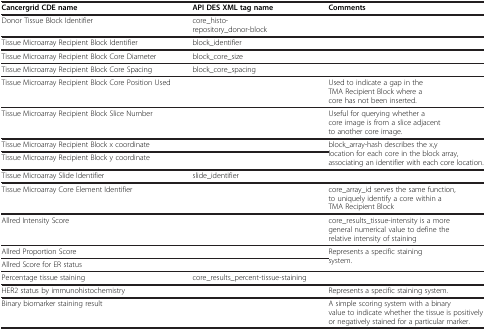
<table><thead><tr><td><b>Cancergrid CDE name</b></td><td><b>API DES XML tag name</b></td><td><b>Comments</b></td></tr></thead><tbody><tr><td>Donor Tissue Block Identifier</td><td>core_histo-repository_donor-block</td><td> </td></tr><tr><td>Tissue Microarray Recipient Block Identifier</td><td>block_identifier</td><td> </td></tr><tr><td>Tissue Microarray Recipient Block Core Diameter</td><td>block_core_size</td><td> </td></tr><tr><td>Tissue Microarray Recipient Block Core Spacing</td><td>block_core_spacing</td><td> </td></tr><tr><td>Tissue Microarray Recipient Block Core Position Used</td><td> </td><td>Used to indicate a gap in the TMA Recipient Block where a core has not been inserted.</td></tr><tr><td>Tissue Microarray Recipient Block Slice Number</td><td> </td><td>Useful for querying whether a core image is from a slice adjacent to another core image.</td></tr><tr><td>Tissue Microarray Recipient Block x coordinate</td><td> </td><td rowspan="2">block_array-hash describes the x,y location for each core in the block array, associating an identifier with each core location.</td></tr><tr><td>Tissue Microarray Recipient Block y coordinate</td><td> </td></tr><tr><td>Tissue Microarray Slide Identifier</td><td>slide_identifier</td><td> </td></tr><tr><td>Tissue Microarray Core Element Identifier</td><td> </td><td>core_array_id serves the same function, to uniquely identify a core within a TMA Recipient Block</td></tr><tr><td>Allred Intensity Score</td><td> </td><td>core_results_tissue-intensity is a more general numerical value to define the relative intensity of staining</td></tr><tr><td>Allred Proportion Score</td><td> </td><td>Represents a specific staining system.</td></tr><tr><td>Allred Score for ER status</td><td> </td><td> </td></tr><tr><td>Percentage tissue staining</td><td>core_results_percent-tissue-staining</td><td> </td></tr><tr><td>HER2 status by immunohistochemistry</td><td> </td><td>Represents a specific staining system.</td></tr><tr><td>Binary biomarker staining result</td><td> </td><td>A simple scoring system with a binary value to indicate whether the tissue is positively or negatively stained for a particular marker.</td></tr></tbody></table>